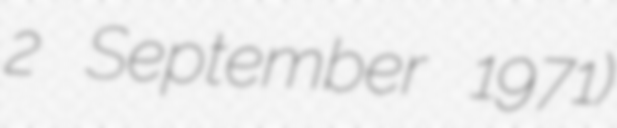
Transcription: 2 September 1971)